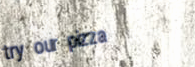
try our pizza